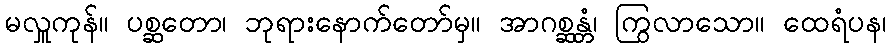
မလှူကုန်။ ပစ္ဆတော၊ ဘုရားနောက်တော်မှ။ အာဂစ္ဆန္တံ၊ ကြွလာသော။ ထေရံပန၊